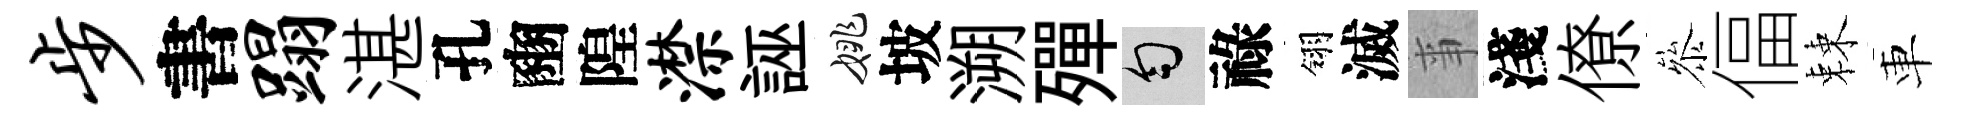
步書蹋湛孔豳隍潸誣姚坡溯殫匀祿翎滅亊淺僚叅偪棘車